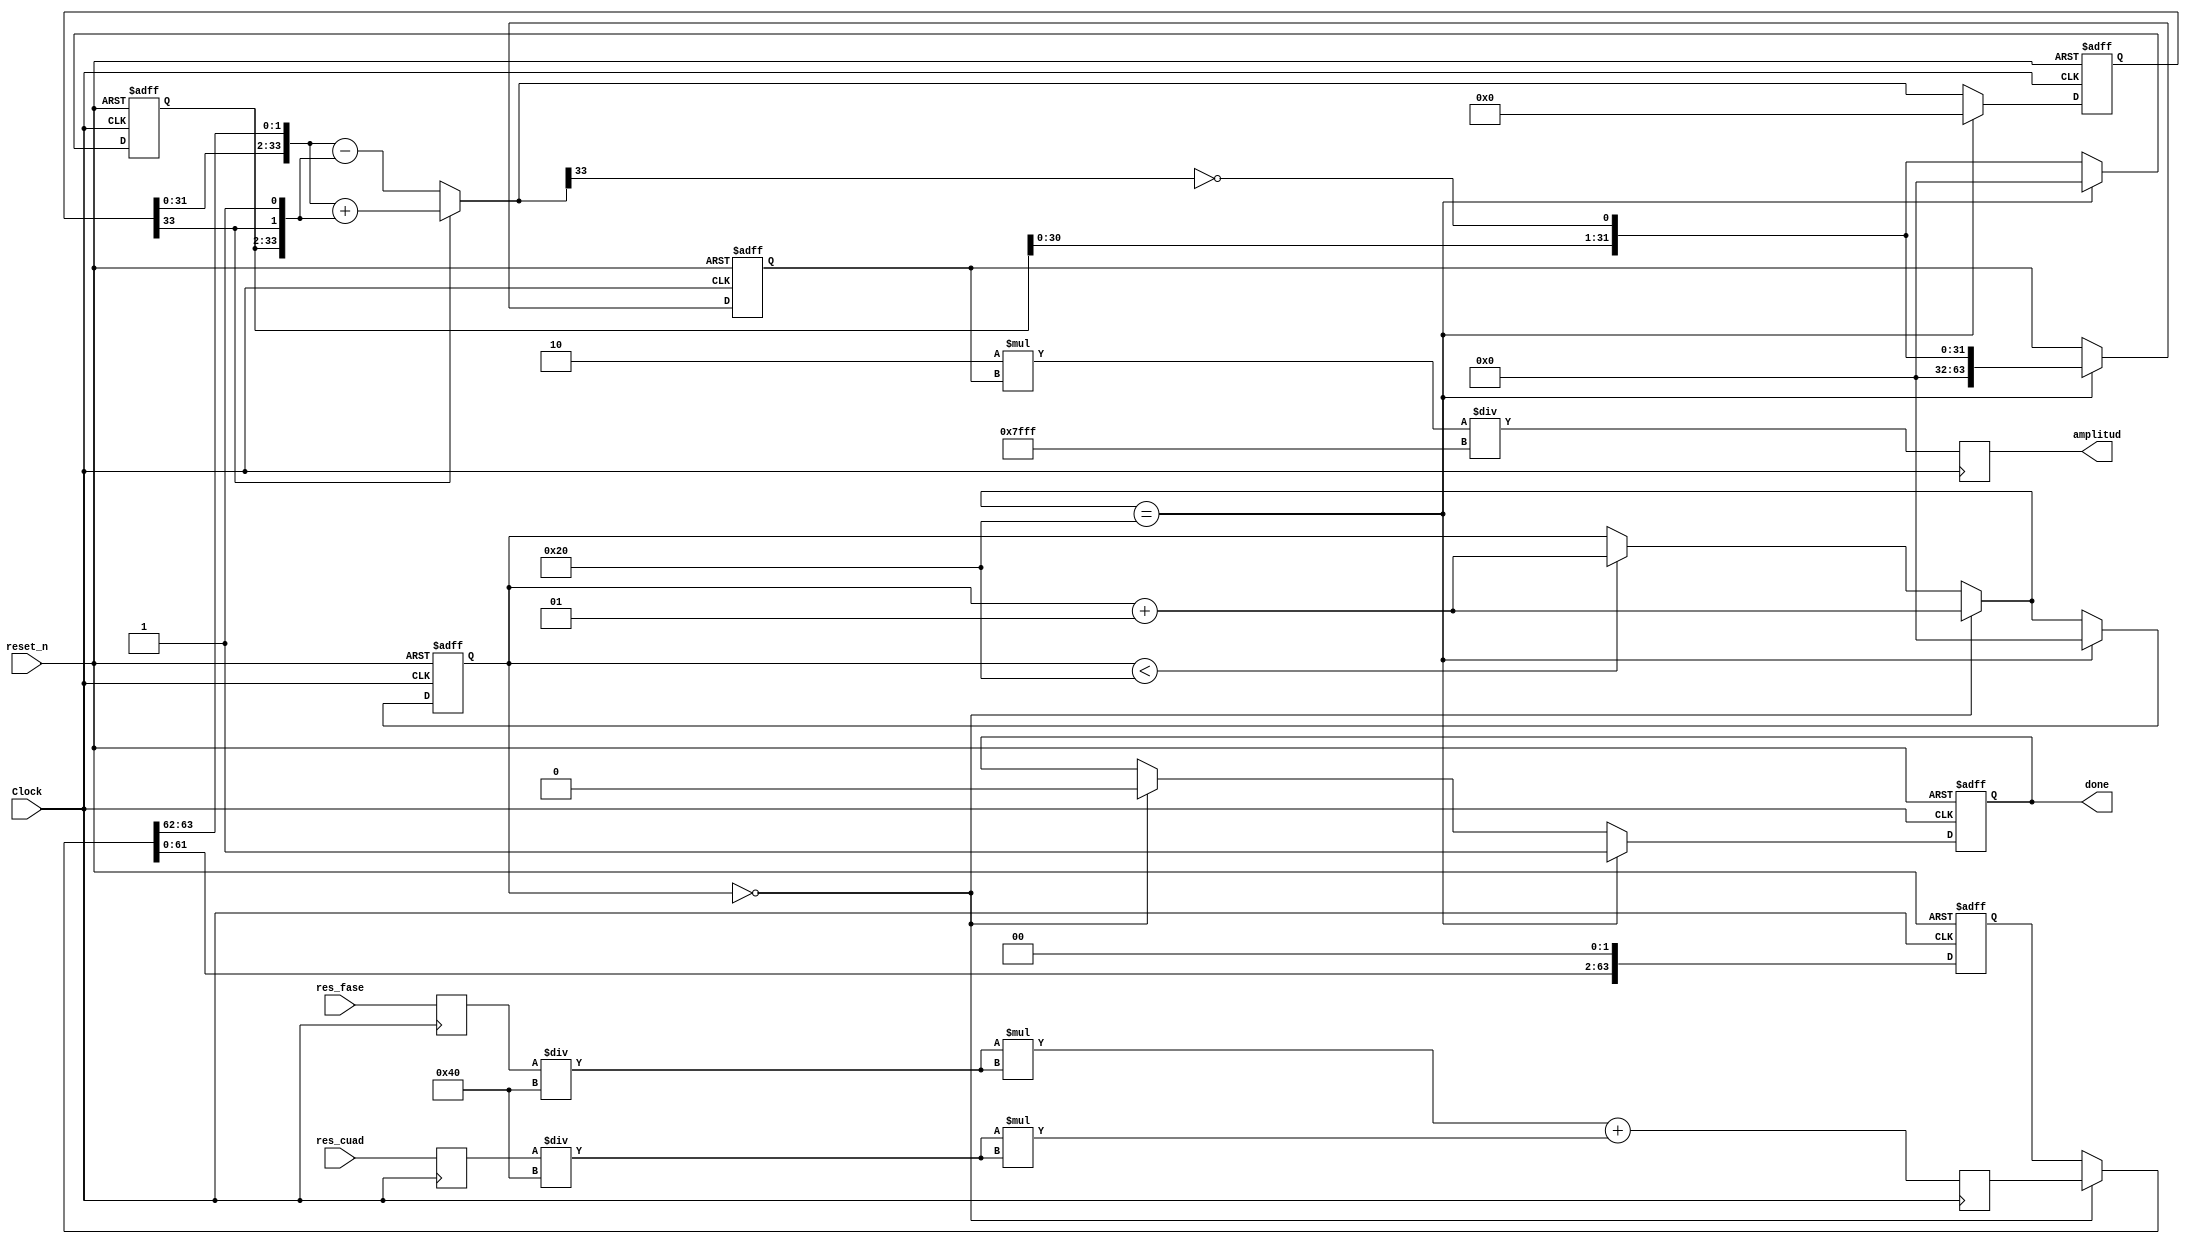
//Synthesisable Design for Finding Square root of a number.
module lockin_amplitude

    #(parameter N = 64, parameter N_lockin = 2, parameter M = 32)
    (   input Clock,  //Clock
        input reset_n,  //Asynchronous active high reset.      
        input [N-1:0] res_fase,   //this is the number for which we want to find square root.
		  input [N-1:0] res_cuad,
        output reg done,     //This signal goes high when output is ready
        output reg [N-1:0] amplitud  //square root of 'num_in'
    );
	 
	 parameter ref_mean_value = 32767;
	 
	 reg [N-1:0] num_in;
	 reg [N-1:0] sq_root;
	 parameter div = N_lockin * M;
	 
	 reg [N-1:0] res_fase_reg,res_cuad_reg;
	 
	 
	 always @ (posedge Clock)
	 begin
	 
		res_fase_reg <= res_fase;
		res_cuad_reg <= res_cuad;
	 
		num_in <=  (res_fase_reg/div) * (res_fase_reg/div) + (res_cuad_reg/div) * (res_cuad_reg/div);
		amplitud <= 2 * sq_root / ref_mean_value;
		
	 end
	   

    reg [N-1:0] a;   //original input.
    reg [N/2+1:0] left,right;     //input to adder/sub.r-remainder.
    reg signed [N/2+1:0] r;
    reg [N/2-1:0] q;    //result.
    integer i;   //index of the loop. 

    always @(posedge Clock or negedge reset_n) 
    begin
        if (reset_n == 0) begin   //reset the variables.
            done <= 0;
            sq_root <= 0;
            i = 0;
            a = 0;
            left = 0;
            right = 0;
            r = 0;
            q = 0;
        end    
        else begin
            //Before we start the first clock cycle get the 'input' to the variable 'a'.
            if(i == 0) begin  
                a = num_in;
                done <= 0;    //reset 'done' signal.
                i = i+1;   //increment the loop index.
            end
            else if(i < N/2) begin //keep incrementing the loop index.
                i = i+1;  
            end
            //These statements below are derived from the block diagram.
            right = {q,r[N/2+1],1'b1};
            left = {r[N/2-1:0], a[N-1:N-2]};
            a = {a[N-3:0], 2'b0};  //shifting left by 2 bit.
            if ( r[N/2+1] == 1)    //add or subtract as per this bit.
                r = left + right;
            else
                r = left - right;
            q = {q[N/2-2:0], ~r[N/2+1]};
            if(i == N/2) begin    //This means the max value of loop index has reached. 
                done <= 1;    //make 'done' high because output is ready.
                i = 0; //reset loop index for beginning the next cycle.
                sq_root <= q;   //assign 'q' to the output port.
                //reset other signals for using in the next cycle.
                left = 0;
                right = 0;
                r = 0;
                q = 0;
            end
        end    
    end

endmodule